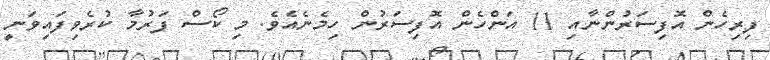
ފިރިހެން އޮފިސަރުންނާއި 11 އަންހެން އޮފިސަރުން ހިމެނެއެވެ. މި ކޯސް ފަރުމާ ކުރެވިފައިވަނީ